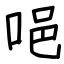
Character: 唈